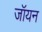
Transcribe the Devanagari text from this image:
जॉयन